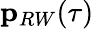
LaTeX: \mathbf{p}_{RW}(\tau)